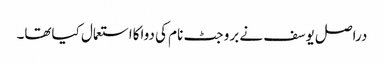
دراصل یوسف نے بروجٹ نام کی دواکااستعمال کیاتھا۔